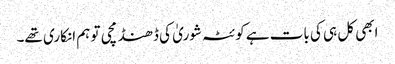
ابھی کل ہی کی بات ہے کوئٹہ شوریٰ کی ڈھنڈ مچی تو ہم انکاری تھے۔